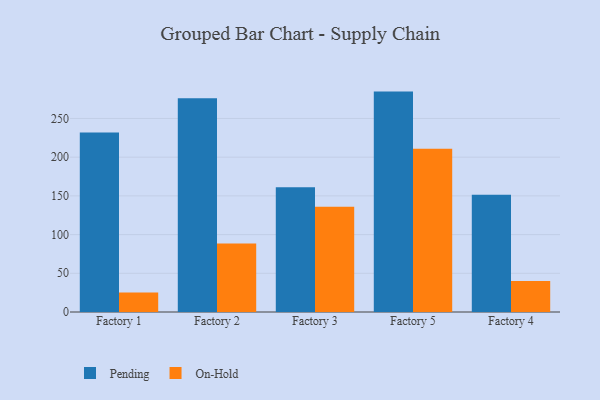
{"axis": {"x": "Factory", "y": "Conversion Rate (%)"}, "legend": ["On-Hold", "Pending"], "data": [{"x": "Factory 1", "y": 231.8, "type": "Pending"}, {"x": "Factory 1", "y": 25.2, "type": "On-Hold"}, {"x": "Factory 2", "y": 276.1, "type": "Pending"}, {"x": "Factory 2", "y": 88.6, "type": "On-Hold"}, {"x": "Factory 3", "y": 161.3, "type": "Pending"}, {"x": "Factory 3", "y": 135.9, "type": "On-Hold"}, {"x": "Factory 5", "y": 284.7, "type": "Pending"}, {"x": "Factory 5", "y": 210.9, "type": "On-Hold"}, {"x": "Factory 4", "y": 151.3, "type": "Pending"}, {"x": "Factory 4", "y": 40.0, "type": "On-Hold"}]}